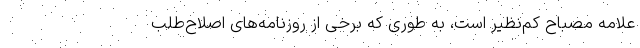
علامه مصباح کم‌نظیر است، به طوری که برخی از روزنامه‌های اصلاح‌طلب